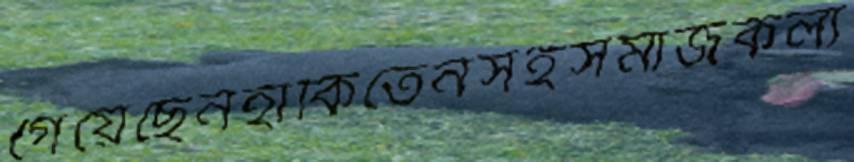
গেয়েছেনহাঁকিতেনসহসমাজকল্য